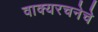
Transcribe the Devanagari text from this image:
वाक्यरचनेचे